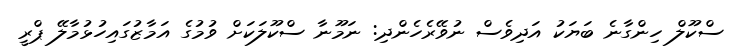
ސްކޫލް ހިންގާނެ ބަޔަކު އަދިވެސް ނުވޭރެހެންދި: ނަމޫނާ ސްކޫލަކަށް ވުމުގެ އަމާޒުގައިހުޅުމާލޭ ޕްރީ